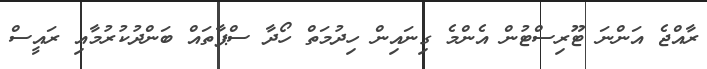
ރާއްޖެ އަންނަ ޓޫރިސްޓުން އެންމެ ގިނައިން ހިދުމަތް ހޯދާ ސްޕާތައް ބަންދުކުރުމާއި ރައީސް